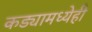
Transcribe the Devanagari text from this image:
कड्यामध्येही